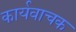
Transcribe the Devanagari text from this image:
कार्यवाचक